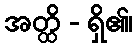
အတ္ထိ - ရှိ၏၊